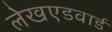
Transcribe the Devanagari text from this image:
लेखएडवार्ड